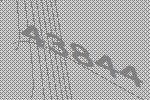
43844